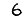
Digit: 6